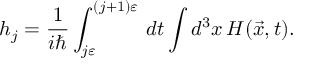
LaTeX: h _ { j } = { \frac { 1 } { i \hbar } } \int _ { j \varepsilon } ^ { ( j + 1 ) \varepsilon } \, d t \int d ^ { 3 } x \, H ( { \vec { x } } , t ) .